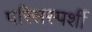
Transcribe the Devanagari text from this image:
परिसस्पर्शी